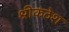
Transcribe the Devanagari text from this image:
श्रीकंठेश